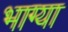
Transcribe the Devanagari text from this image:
भाग्या